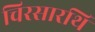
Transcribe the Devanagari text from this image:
चिरसारथि